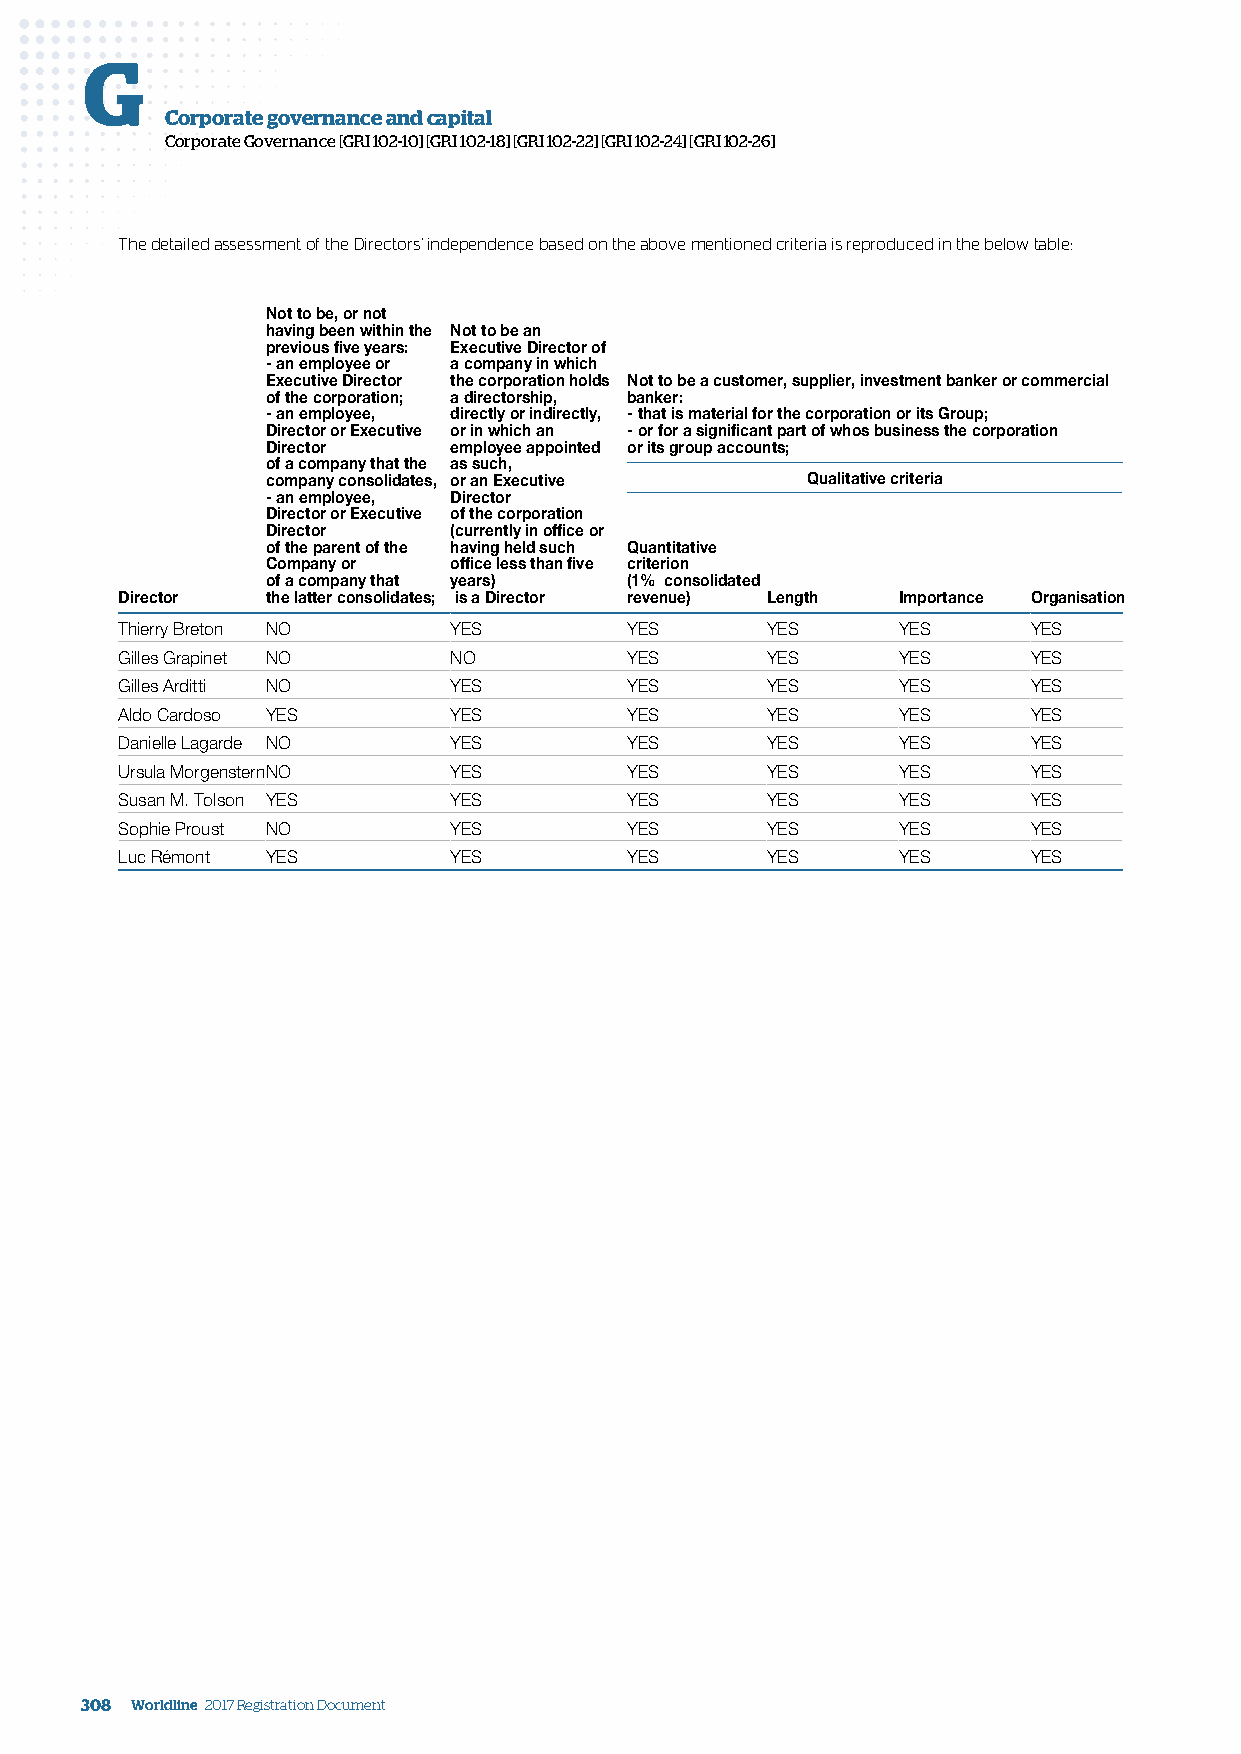
G
 Corporate governance and capital
 Corporate Governance [GRI 102-10] [GRI 102-18] [GRI 102-22] [GRI 102-24] [GRI 102-26]
 The detailed assessment of the Directors’ independence based on the above mentioned criteria is reproduced in the below table:
 Not to be, or not
 having been within the Not to be an
 previous five years: Executive Director of
 - an employee or a company in which
 Executive Director the corporation holds Not to be a customer, supplier, investment banker or commercial
 of the corporation; a directorship, banker:
 - an employee, directly or indirectly, - that is material for the corporation or its Group;
 Director or Executive or in which an - or for a significant part of whos business the corporation
 Director    employee appointed or its group accounts;
 of a company that the as such,
 company consolidates, or an Executive Qualitative criteria
 - an employee, Director
 Director or Executive of the corporation
 Director    (currently in office or
 of the parent of the having held such Quantitative
 Company or  office less than five criterion
 of a company that years) (1% consolidated
 Director  the latter consolidates; is a Director revenue) Length Importance Organisation
 Thierry Breton NO     YES        YES       YES     YES      YES
 Gilles Grapinet NO    NO         YES       YES     YES      YES
 Gilles Arditti NO     YES        YES       YES     YES      YES
 Aldo Cardoso YES      YES        YES       YES     YES      YES
 Danielle Lagarde NO   YES        YES       YES     YES      YES
 Ursula MorgensternNO  YES        YES       YES     YES      YES
 Susan M. Tolson YES   YES        YES       YES     YES      YES
 Sophie Proust NO      YES        YES       YES     YES      YES
 Luc Rémont YES        YES        YES       YES     YES      YES
 308 Worldline 2017 Registration Document